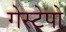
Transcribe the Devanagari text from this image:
गेस्टेपो